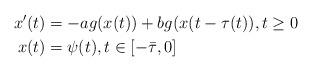
LaTeX: \begin{align*} x'(t) &= - ag(x(t)) + bg(x(t-\tau(t)),t\geq 0 \\ x(t) &= \psi(t),t \in [-\bar{\tau},0]\end{align*}